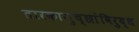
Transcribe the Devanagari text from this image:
तारकागुच्छांविरुद्ध